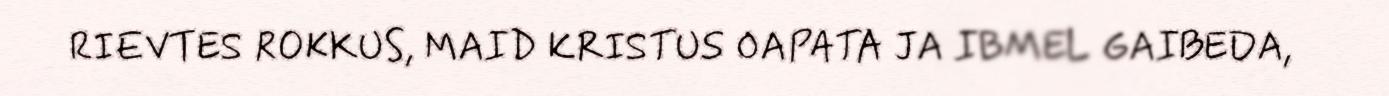
RIEVTES ROKKUS, MAID KRISTUS OAPATA JA IBMEL GAIBEDA,